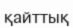
қайттық